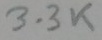
Text: 3.3K